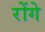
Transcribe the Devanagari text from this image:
रोंगे